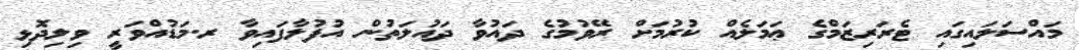
މައްސަލައިގައި ޓެރަރިޒަމްގެ ޢަމަލެއް ކުރުމަށް ރޭވުމުގެ ދައުވާ ދައުލަތުން އުފުލާފައިވާ ރ.މަޑުއްވަރީ ވިލިދޮޅި